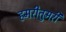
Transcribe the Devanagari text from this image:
हमरीतुमरी